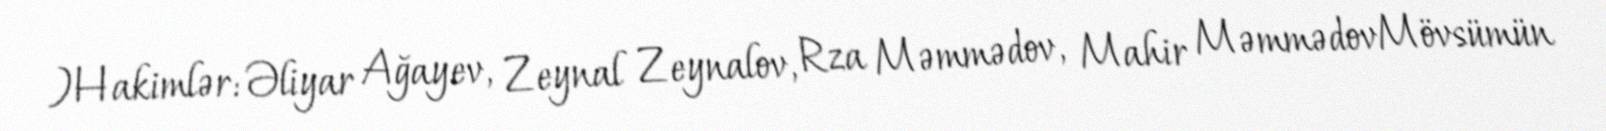
)Hakimlər: Əliyar Ağayev, Zeynal Zeynalov, Rza Məmmədov, Mahir MəmmədovMövsümün